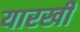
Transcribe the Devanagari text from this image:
यारखी